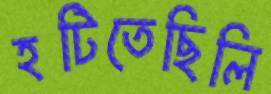
হটিতেছিলি